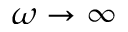
\omega \rightarrow \infty